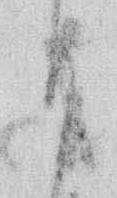
か